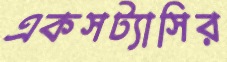
একসট্যাসির